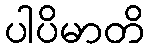
ပါပိမာတိ